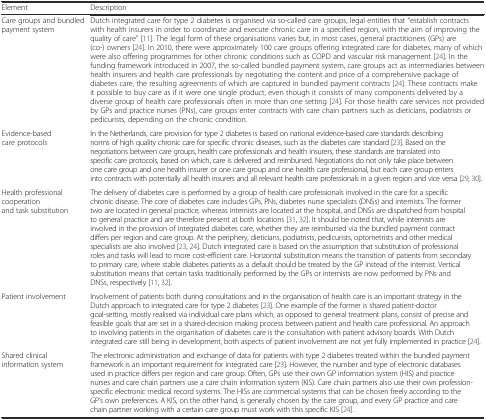
<table><thead><tr><td><b>Element</b></td><td><b>Description</b></td></tr></thead><tbody><tr><td>Care groups and bundled payment system</td><td>Dutch integrated care for type 2 diabetes is organised via so-called care groups, legal entities that “establish contracts with health insurers in order to coordinate and execute chronic care in a specified region, with the aim of improving the quality of care” [11]. The legal form of these organisations varies but, in most cases, general practitioners (GPs) are (co-) owners [24]. In 2010, there were approximately 100 care groups offering integrated care for diabetes, many of which were also offering programmes for other chronic conditions such as COPD and vascular risk management [24]. In the funding framework introduced in 2007, the so-called bundled payment system, care groups act as intermediaries between health insurers and health care professionals by negotiating the content and price of a comprehensive package of diabetes care, the resulting agreements of which are captured in bundled payment contracts [24]. These contracts make it possible to buy care as if it were one single product, even though it consists of many components delivered by a diverse group of health care professionals often in more than one setting [24]. For those health care services not provided by GPs and practice nurses (PNs), care groups enter contracts with care chain partners such as dieticians, podiatrists or pedicurists, depending on the chronic condition.</td></tr><tr><td>Evidence-based care protocols</td><td>In the Netherlands, care provision for type 2 diabetes is based on national evidence-based care standards describing norms of high quality chronic care for specific chronic diseases, such as the diabetes care standard [23]. Based on the negotiations between care groups, health care professionals and health insurers, these standards are translated into specific care protocols, based on which, care is delivered and reimbursed. Negotiations do not only take place between one care group and one health insurer or one care group and one health care professional, but each care group enters into contracts with potentially all health insurers and all relevant health care professionals in a given region and vice versa [29, 30].</td></tr><tr><td>Health professional cooperation and task substitution</td><td>The delivery of diabetes care is performed by a group of health care professionals involved in the care for a specific chronic disease. The core of diabetes care includes GPs, PNs, diabetes nurse specialists (DNSs) and internists. The former two are located in general practice, whereas internists are located at the hospital, and DNSs are dispatched from hospital to general practice and are therefore present at both locations [31, 32]. It should be noted that, while internists are involved in the provision of integrated diabetes care, whether they are reimbursed via the bundled payment contract differs per region and care group. At the periphery, dieticians, podiatrists, pedicurists, optometrists and other medical specialists are also involved [23, 24]. Dutch integrated care is based on the assumption that substitution of professional roles and tasks will lead to more cost-efficient care. Horizontal substitution means the transition of patients from secondary to primary care, where stable diabetes patients as a default should be treated by the GP instead of the internist. Vertical substitution means that certain tasks traditionally performed by the GPs or internists are now performed by PNs and DNSs, respectively [11, 32].</td></tr><tr><td>Patient involvement</td><td>Involvement of patients both during consultations and in the organisation of health care is an important strategy in the Dutch approach to integrated care for type 2 diabetes [23]. One example of the former is shared patient-doctor goal-setting, mostly realised via individual care plans which, as opposed to general treatment plans, consist of precise and feasible goals that are set in a shared-decision making process between patient and health care professional. An approach to involving patients in the organisation of diabetes care is the consultation with patient advisory boards. With Dutch integrated care still being in development, both aspects of patient involvement are not yet fully implemented in practice [24].</td></tr><tr><td>Shared clinical information system</td><td>The electronic administration and exchange of data for patients with type 2 diabetes treated within the bundled payment framework is an important requirement for integrated care [23]. However, the number and type of electronic databases used in practice differs per region and care group. Often, GPs use their own GP information system (HIS) and practice nurses and care chain partners use a care chain information system (KIS). Care chain partners also use their own profession-specific electronic medical record systems. The HISs are commercial systems that can be chosen freely according to the GP’s own preferences. A KIS, on the other hand, is generally chosen by the care group, and every GP practice and care chain partner working with a certain care group must work with this specific KIS [24].</td></tr></tbody></table>